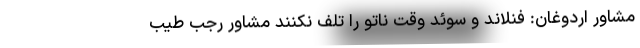
مشاور اردوغان: فنلاند و سوئد وقت ناتو را تلف نکنند مشاور رجب طیب